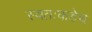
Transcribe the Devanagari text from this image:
स्वतःकडेच